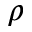
\rho